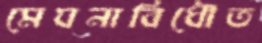
মেঘনাবিধৌত